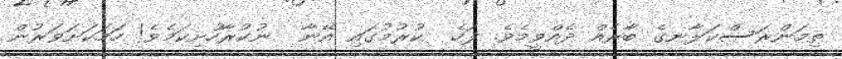
ތިމަންރަސްކަލާނގެ ބާރެއް ދެއްވީމެވެ. ފަހެ  ކުރުމުގައި އޭނާ  ނުކުރާހުށިކަމެވެ! ހަމަކަށަވަރުން